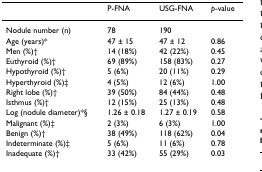
<table><thead><tr><td></td><td><b>P-FNA</b></td><td><b>USG-FNA</b></td><td><b><i>p</i>-value</b></td></tr></thead><tbody><tr><td>Nodule number (n)</td><td>78</td><td>190</td><td></td></tr><tr><td>Age (years)*</td><td>47 ± 15</td><td>47 ± 12</td><td>0.86</td></tr><tr><td>Men (%)†</td><td>14 (18%)</td><td>42 (22%)</td><td>0.45</td></tr><tr><td>Euthyroid (%)†</td><td>69 (89%)</td><td>158 (83%)</td><td>0.27</td></tr><tr><td>Hypothyroid (%)†</td><td>5 (6%)</td><td>20 (11%)</td><td>0.29</td></tr><tr><td>Hyperthyroid (%)‡</td><td>4 (5%)</td><td>12 (6%)</td><td>1.00</td></tr><tr><td>Right lobe (%)†</td><td>39 (50%)</td><td>84 (44%)</td><td>0.48</td></tr><tr><td>Isthmus (%)†</td><td>12 (15%)</td><td>25 (13%)</td><td>0.48</td></tr><tr><td>Log (nodule diameter)*§</td><td>1.26 ± 0.18</td><td>1.27 ± 0.19</td><td>0.58</td></tr><tr><td>Malignant (%)‡</td><td>2 (3%)</td><td>6 (3%)</td><td>1.00</td></tr><tr><td>Benign (%)†</td><td>38 (49%)</td><td>118 (62%)</td><td>0.04</td></tr><tr><td>Indeterminate (%)‡</td><td>5 (6%)</td><td>11 (6%)</td><td>0.78</td></tr><tr><td>Inadequate (%)†</td><td>33 (42%)</td><td>55 (29%)</td><td>0.03</td></tr></tbody></table>